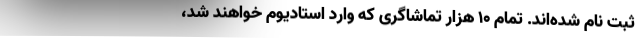
ثبت نام شده‌اند. تمام ۱۰ هزار تماشاگری که وارد استادیوم خواهند شد،